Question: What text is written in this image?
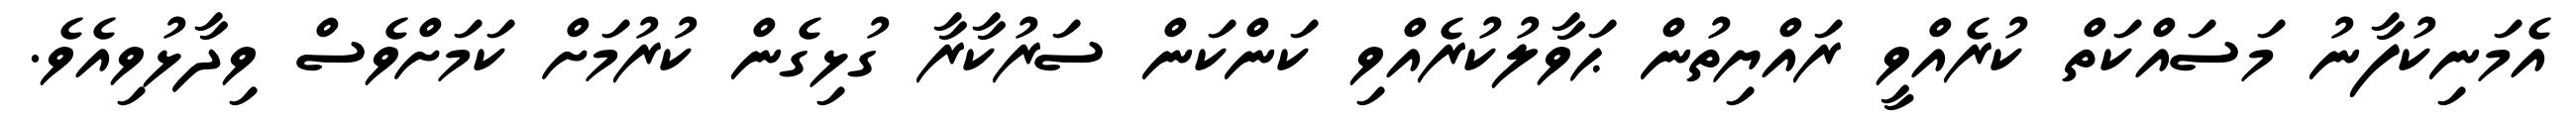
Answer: އެމަނިކުފާނު މަސައްކަތް ކުރެއްވީ ރައްޔިތުން ޙަވާލުކުރެއްވި ކަންކަން ސަރުކާރާ ގުޅިގެން ކުރުމަށް ކަމަށްވެސް ވިދާޅުވިއެވެ.